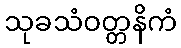
သုခသံဝတ္တနိကံ